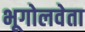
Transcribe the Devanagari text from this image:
भूगोलवेता